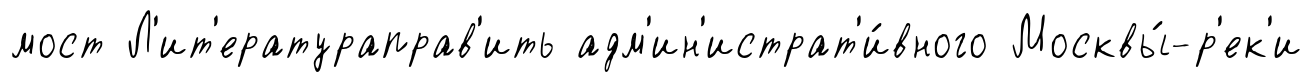
мост Л'ит'ератураправ'ить адм'ин'истрат'и́вного Москвы́-р'ек'и